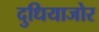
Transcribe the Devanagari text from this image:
दुधियाजोर